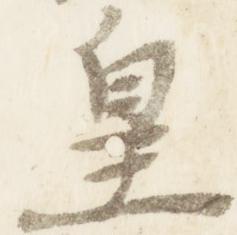
皇